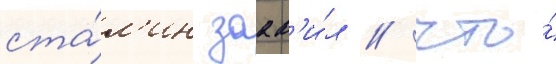
ста́л'ин заав'и́л / что́